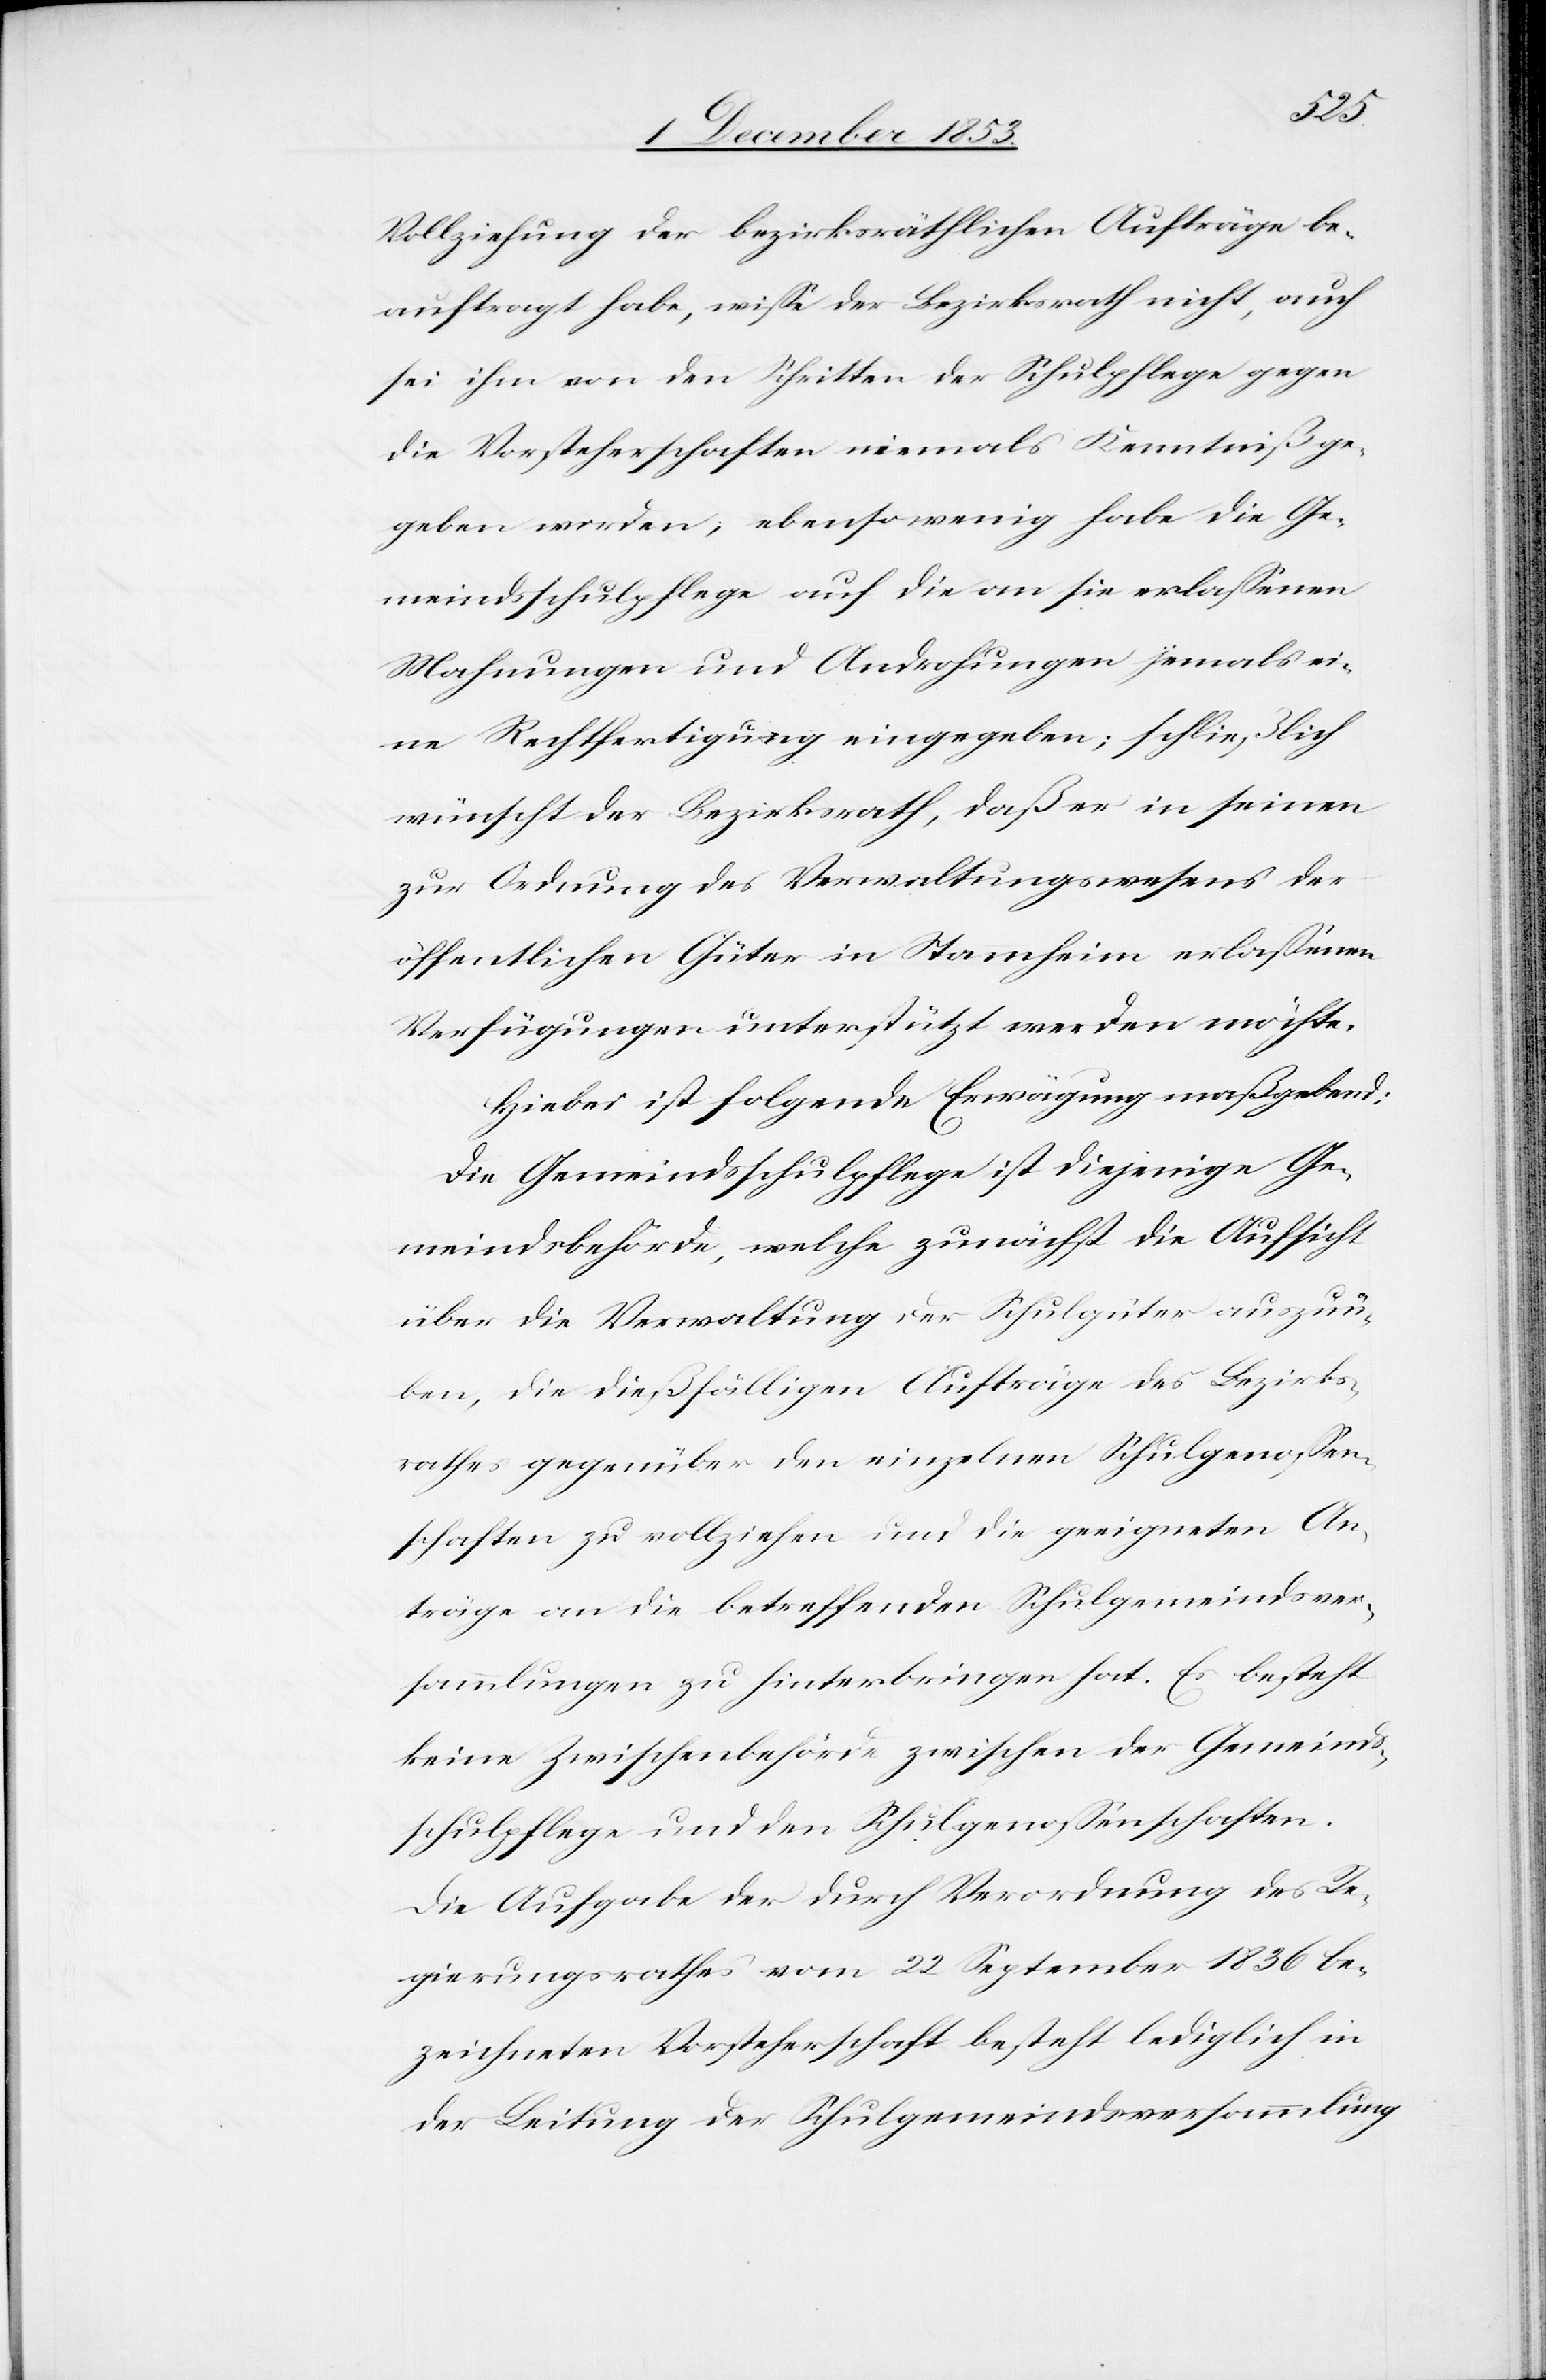
Vollziehung der bezirksräthlichen Aufträge be¬
auftragt habe, wiße der Bezirksrath nicht, auch
sei ihm von den Schritten der Schulpflege gegen
die Vorsteherschaften niemals Kenntniß ge¬
geben worden, ebensowenig habe die Ge¬
meindspflege auf die an sie erlaßenen
Mahnungen und Androhungen jemals ei¬
ne Rechtfertigung eingegeben, schließlich
wünscht der Bezirksrathe, daß er in seinen
zur Ordnung des Verwaltungswesens der
öffentlichen Güter in Stammheim erlaßenen
Verfügungen unterstützt werden möchte.
Hiebei ist folgende Erwägung maßgebend:
Die Gemeindsschulpflege ist diejenige Ge¬
meindsbehörde, welche zunächst die Aufsicht
über die Verwaltung der Schulgüter auszuü¬
ben, die dießfälligen Aufträge des Bezirks¬
rathes gegenüber den einzelnen Schulgenoßen¬
schaften zu vollziehen und die geeigneten An¬
träge an die betreffenden Schulgemeindsver¬
sammlungen zu hinterbringen hat. Es besteht
keine Zwischenbehörde zwischen der Gemeinds¬
schulpflege und den Schulgenoßenschaften.
Die Aufgabe der durch Verordnung des Re¬
gierungsrathes vom 22 September 1836 be¬
zeichneten Vorsteherschaft besteht lediglich in
der Leitung der Schulgemeindsversammlung.